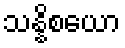
သန္နိစယော